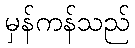
မှန်ကန်သည်